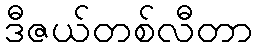
ဒီဇယ်တစ်လီတာ